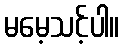
မမေ့သင့်ပါ။